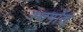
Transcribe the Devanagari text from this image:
स्वर्गात्